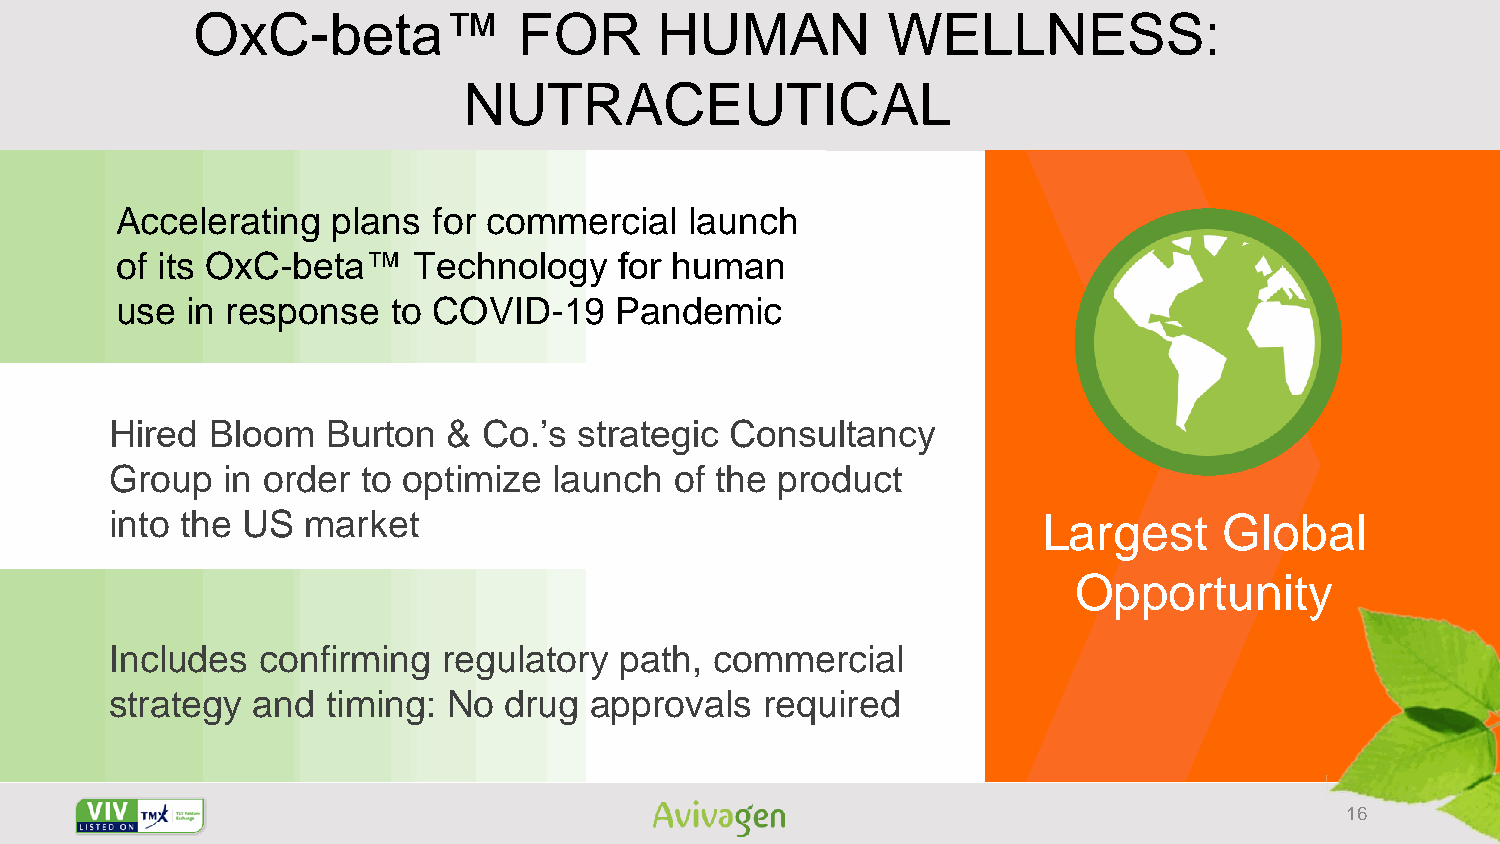
OxC-beta™            FOR       HUMAN          WELLNESS:
 NUTRACEUTICAL
 Accelerating  plans  for commercial   launch
 of its OxC-beta™   Technology    for human
 use in response   to COVID-19    Pandemic
 Hired  Bloom   Burton  & Co.’s strategic Consultancy
 Group   in order to optimize  launch  of the product
 into the US  market                                           Largest     Global
 Opportunity
 Includes  confirming  regulatory  path, commercial
 strategy  and  timing: No drug  approvals   required
 16